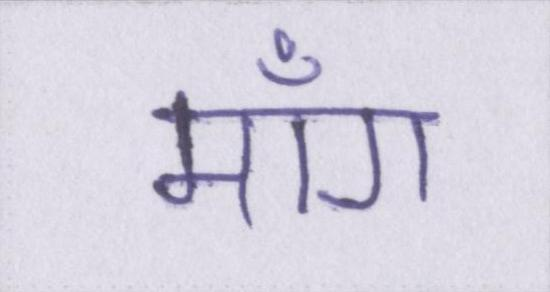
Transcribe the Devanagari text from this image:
माँग